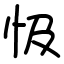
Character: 忣